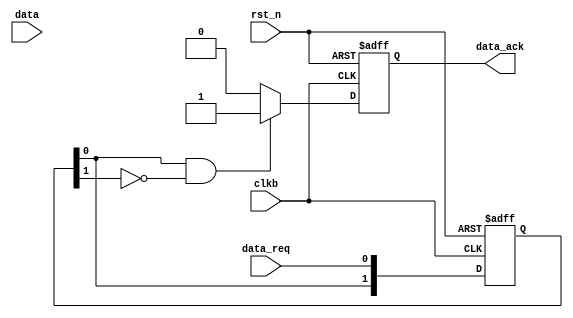
module data_receiver #(parameter N = 4)
(
    input wire clkb,
    input wire rst_n,

    input wire data_req,
    input wire [N-1:0] data,
    output wire data_ack
);

//req
reg [1:0] data_req_posedge_reg;
always @(posedge clkb or negedge rst_n) begin
    if (~rst_n) begin
        data_req_posedge_reg <= 2'b0;
    end
    else begin
        data_req_posedge_reg <= {data_req_posedge_reg[0], data_req};
    end
end
wire data_req_posedge = data_req_posedge_reg[0] && ~data_req_posedge_reg[1];

//reqack1
reg data_ack_reg;
always @(posedge clkb or negedge rst_n) begin
    if (~rst_n) begin
        data_ack_reg <= 0;
    end
    else if (data_req_posedge) begin
        data_ack_reg <= 1;
    end
    else begin
        data_ack_reg <= 0;
    end
end

//
reg [N-1:0] data_reg;
always @(posedge clkb or negedge rst_n) begin
    if (~rst_n) begin
        data_reg <= 0;
    end
    else if(data_req_posedge)begin
        data_reg <= data;
    end
    else begin
        data_reg <= data_reg;
    end
end


assign data_ack = data_ack_reg;
endmodule //data_receiver